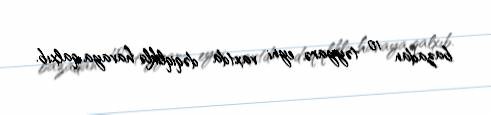
bazadan 10 təyyarə eyni vaxtda dəqiqliklə havaya qalxıb.